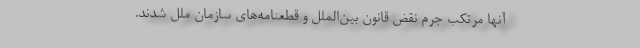
آنها مرتکب جرم نقض قانون بین‌الملل و قطعنامه‌های سازمان ملل شدند.